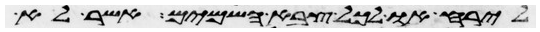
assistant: לירח או לכל צבא השמים אשר לא